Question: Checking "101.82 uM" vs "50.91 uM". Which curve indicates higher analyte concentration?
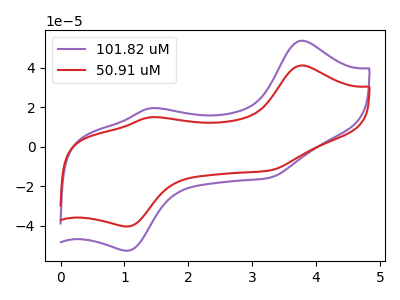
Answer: <think>The purple curve "101.82 uM" has anodic peaks at (3.75V, 53.70uA) (1.40V, 19.45uA) and cathodic peaks at (1.05V, -52.60uA) (3.25V, -15.70uA). The red curve "50.91 uM" has anodic peaks at (3.75V, 41.20uA) (1.40V, 14.90uA) and cathodic peaks at (1.05V, -40.35uA) (3.25V, -12.00uA).
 All the peaks in "101.82 uM" have a peak in "50.91 uM" at the same potential. Every peak in "101.82 uM" is higher than every peak in "50.91 uM".</think>
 <answer>"101.82 uM" has more signal than "50.91 uM" and so likely has a higher concentration.</answer>
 <eval>more_concentration</eval>